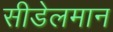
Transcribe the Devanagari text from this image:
सीडेलमान